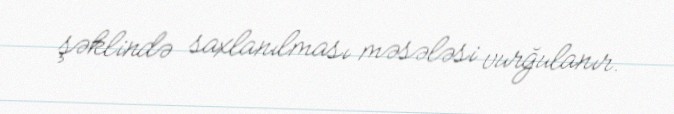
şəklində saxlanılması məsələsi vurğulanır.